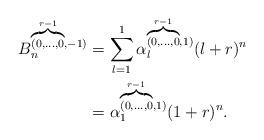
LaTeX: \begin{align*}B_n^{\overbrace {\scriptstyle{(0,\ldots,0}}^{r-1},-1)}&=\displaystyle \sum_{l=1}^{1} {\alpha}_l^{\overbrace {\scriptstyle{(0,\ldots,0}}^{r-1},1)} (l+r)^n\\&={\alpha}_1^{\overbrace {\scriptstyle{(0,\ldots,0}}^{r-1},1)} (1+r)^n.\end{align*}